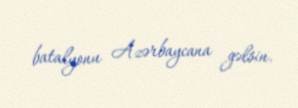
batalyonu Azərbaycana gəlsin.